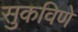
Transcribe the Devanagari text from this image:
सुकविणे